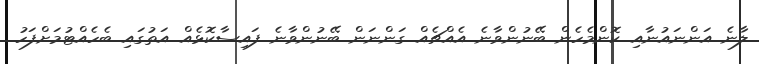
ލާނެ އަންނައުނާއި ކޮންމެހެން ބޭނުންވާނެ އެއްޗެއް ގަންނަން ބޭނުންވާނެ ފައިސާކޮޅެއް އަތުގައި ބެހެއްޓުމަށްފަހު